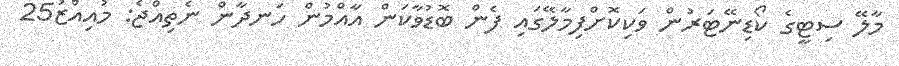
މާލޭ ސިޓީގެ ކޯޑިނޭޓަރުން ވަކިކޮށްފިމާލޭގައި ފެން ބޮޑުވާކަން އާއްމުން ހަނދާން ނެތިއްޖެ: މުއިއްޒު25